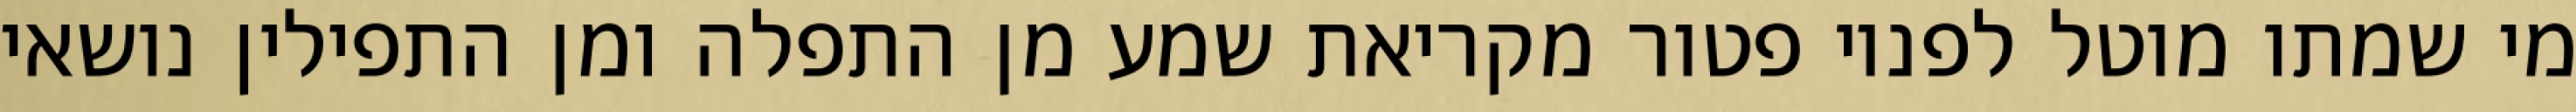
מי שמתו מוטל לפניו פטור מקריאת שמע מן התפלה ומן התפילין נושאי